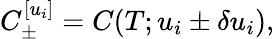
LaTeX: C_{\pm}^{[u_{i}]}=C(T;u_{i}\pm\delta u_{i}),